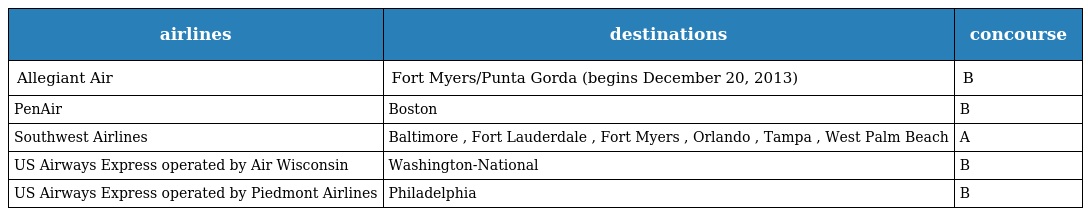
| airlines | destinations | concourse |
 | --- | --- | --- |
 | Allegiant Air | Fort Myers/Punta Gorda (begins December 20, 2013) | B |
 | PenAir | Boston | B |
 | Southwest Airlines | Baltimore , Fort Lauderdale , Fort Myers , Orlando , Tampa , West Palm Beach | A |
 | US Airways Express operated by Air Wisconsin | Washington-National | B |
 | US Airways Express operated by Piedmont Airlines | Philadelphia | B |